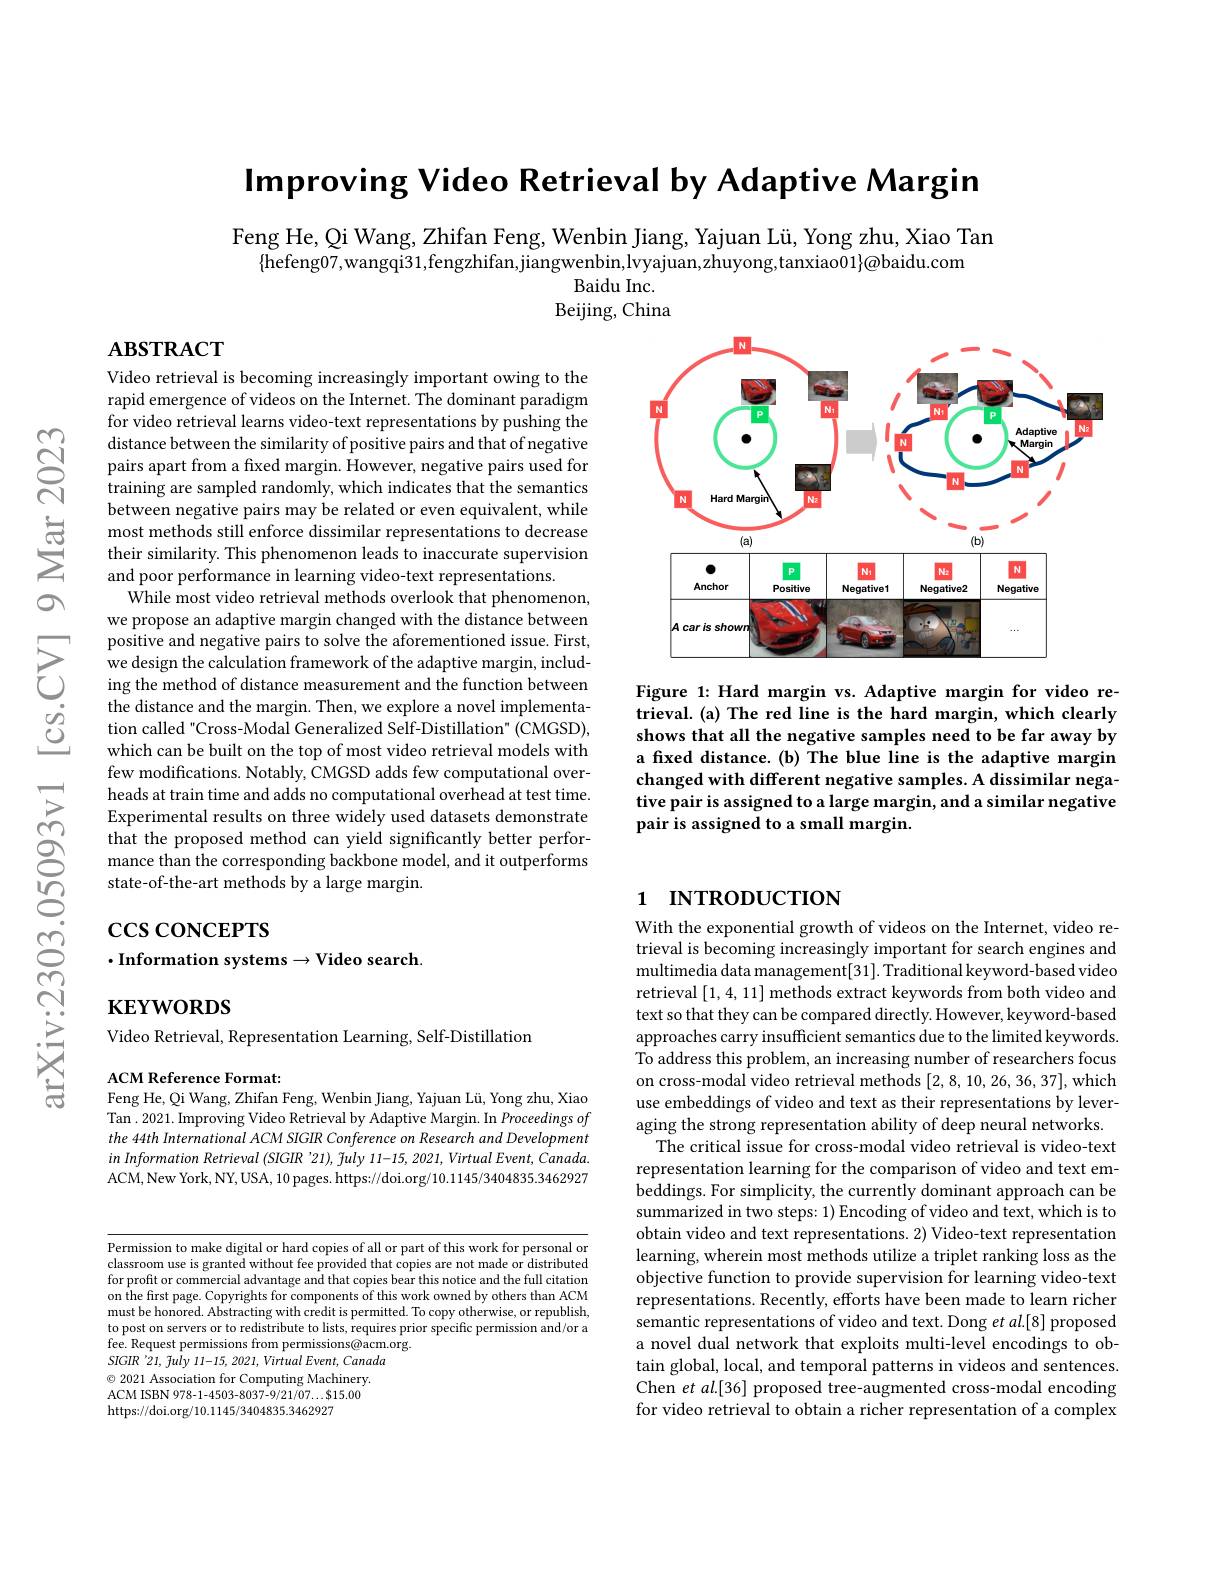
Improving Video Retrieval by Adaptive Margin

Feng He, Qi Wang, Zhifan Feng, Wenbin Jiang, Yajuan Lü, Yong zhu, Xiao Tan
$\{$hefeng07,wangqi31,fengzhifan,jiangwenbin,lvyajuan,zhuyong,tanxiao$01\}@$baidu.com
Baidu Inc. Beijing, China

$\mathbf{ABSTRACT}$

Video retrieval is becoming increasingly important owing to the rapid emergence of videos on the Internet. The dominant paradigm for video retrieval learns video-text representations by pushing the distance between the similarity of positive pairs and that of negative pairs apart from a fixed margin. However, negative pairs used for training are sampled randomly, which indicates that the semantics between negative pairs may be related or even equivalent, while most methods still enforce dissimilar representations to decrease their similarity. This phenomenon leads to inaccurate supervision and poor performance in learning video-text representations.
$\dot{\text{While most video retrieval methods overlook that phenomenon,}}$ we propose an adaptive margin changed with the distance between positive and negative pairs to solve the aforementioned issue. First,
positive and negative pairs to solve the aforementioned issue. First, we design the calculation framework of the adaptive margin, includ- 1 ing the method of distance measurement and the function between the distance and the margin. Then, we
tion called "Cross-Modal Generalized Self-Distillation" (CMGSD), which can be built on the top of most video retrieval models with few modifications. Notably, CMGSD adds few computational overheads at train time and adds no computational overhead at test time. Experimental results on three widely used datasets demonstrate that the proposed method can yield significantly better performance than the corresponding backbone model, and it outperforms state-of-the-art methods by a large margin.

# $\csc\cos$coNCEPTS $\cdot$Information systems$\to$Video search

$\mathbf{KEYWORDS}$

Video Retrieval, Representation Learning, Self-Distillation

ACM Reference Format:
Feng He, Qi Wang, Zhifan Feng, Wenbin Jiang, Yajuan Lü, Yong zhu, Xiao Tan . 2021. Improving Video Retrieval by Adaptive Margin. In Proceedings of the 44th International ACM SIGIR Conference on Research and Development inInformation Retrieval (SIGIR '21), fuly 11-15, 2021, Virtual Event, Canada. ACM,New York, NY, USA, 10 pages. https://doi.org/10.1145/3404835.3462927

<FigureHere>

Figure 1: Hard margin vs. Adaptive margin for video retrieval. (a) The red line is the hard margin, which clearly shows that all the negative samples need to be far away by a fixed distance.(b) The blue line is the adaptive margin changed with different negative samples. A dissimilar negative pair is assigned to a large margin, and a similar negative pair is assigned to a small margin.

Permission to make digital or hard copies of all or part of this work for personal or classroom use is granted without fee provided that copies are not made or distributed for profit or commercial advantage and that copies bear this notice and the full citation on the first page. Copyrights for components of this work owned by others than ACM must be honored. Abstracting with credit is permitted. To copy otherwise, or republish, to post on servers or to redistribute to lists, requires prior specific permission and/or a fee. Request permissions from permissions@acm.org.
SIGIR '21, fuly 11-15, 2021, Virtual Event, Canada $\odot$ 2021 Association for Computing Machinery. ACM ISBN 978-1-4503-8037-9/21/07...$15.00 https://doi.org/10.1145/3404835.3462927

# 1 INTRODUCTION

With the exponential growth of videos on the Internet, video retrieval is becoming increasingly important for search engines and multimedia data management[31]. Traditional keyword-based video retrieval [1,4,11] methods extract keywords from both video and text so that they can be compared directly. However, keyword-based approaches carry insufficient semantics due to the limited keywords. To address this problem, an increasing number of researchers focus on cross-modal video retrieval methods [2,8,10,26,36,37],which use embeddings of video and text as their representations by leveraging the strong representation ability of deep neural networks.
The critical issue for cross-modal video retrieval is video-text representation learning for the comparison of video and text embeddings. For simplicity, the currently dominant approach can be summarized in two steps: 1) Encoding of video and text, which is to obtain video and text representations. 2) Video-text representation learning, wherein most methods utilize a triplet ranking loss as the objective function to provide supervision for learning video-text representations. Recently, efforts have been made to learn richer semantic representations of video and text. Dong $et$ al.[8] proposed a novel dual network that exploits multi-level encodings to obtain global, local, and temporal patterns in videos and sentences. Chen $et$ al.[36] proposed tree-augmented cross-modal encoding for video retrieval to obtain a richer representation of a complex